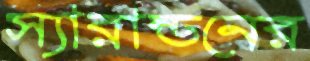
স্যারান্ডনের